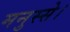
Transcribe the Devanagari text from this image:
मनुस्से।